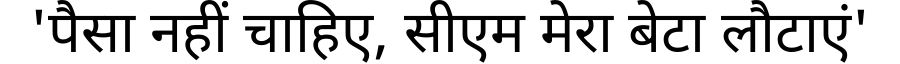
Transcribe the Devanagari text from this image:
'पैसा नहीं चाहिए, सीएम मेरा बेटा लौटाएं'